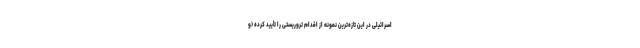
اسرائیلی در این تازه‌ترین نمونه از اقدام تروریستی را تأیید کرده (و